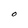
Character: O